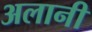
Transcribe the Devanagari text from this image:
अलानी